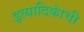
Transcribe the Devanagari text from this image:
इत्यादिकांची